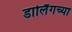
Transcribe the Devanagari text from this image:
डार्लिंगच्या